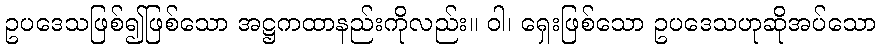
ဥပဒေသဖြစ်၍ဖြစ်သော အဋ္ဌကထာနည်းကိုလည်း။ ဝါ၊ ရှေးဖြစ်သော ဥပဒေသဟုဆိုအပ်သော